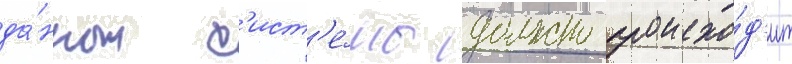
да́нных с'ист'е́мы должно происхо́д'ит